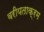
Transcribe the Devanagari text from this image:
वरीयताक्रम